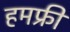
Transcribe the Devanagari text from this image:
हमफ्री